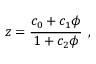
\begin{array} { r } { z = \cfrac { c _ { 0 } + c _ { 1 } \phi } { 1 + c _ { 2 } \phi } \enspace , } \end{array}